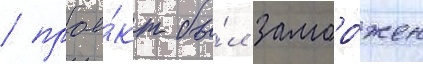
/ прое́кт бы́л заморо́жен